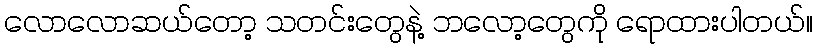
လောလောဆယ်တော့ သတင်းတွေနဲ့ ဘလော့တွေကို ရောထားပါတယ်။